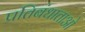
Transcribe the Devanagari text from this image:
प्रतिबंधाताओ